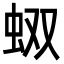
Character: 𧉐